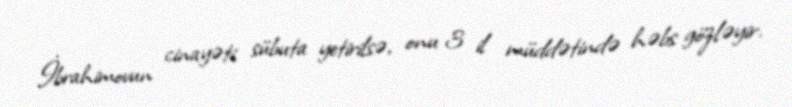
İbrahimovun cinayəti sübuta yetirilsə, onu 3 il müddətində həbs gözləyir.